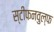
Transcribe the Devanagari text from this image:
स्टीफनवुल्फ